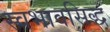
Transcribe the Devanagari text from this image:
स्वभावसिद्ध